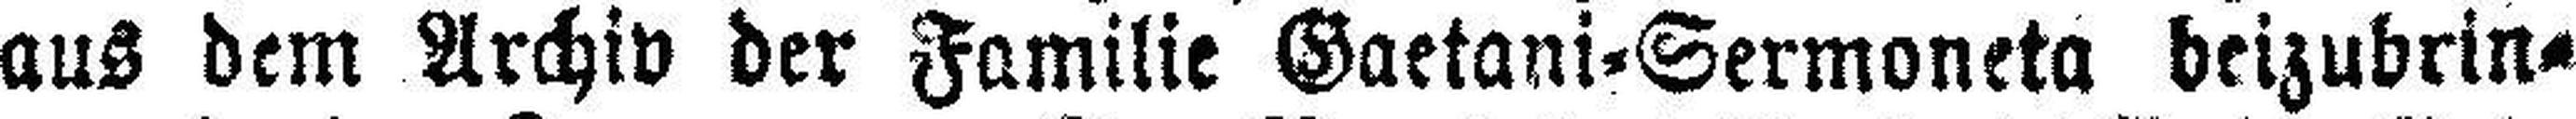
aus dem Archiv der Familie Gaetani=Sermoneta beizubrin¬